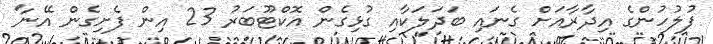
ފުލުހުންގެ އިދާރާއަށް ގެނައި ބަދަލަކާއި ގުޅިގެން އޮކްޓޫބަރު 23 އިން ފެށިގެން އޭނާ